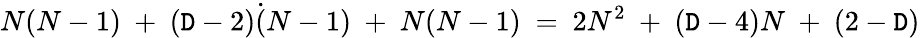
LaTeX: N(N-1)\ +\ (\mathtt{D}-2)\dot{{(}}N-1)\ +\ N(N-1)\ =\ 2N^{2}\ +\ (\mathtt{D}-4)N\ +\ (2-\mathtt{D})